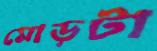
মোড়টা